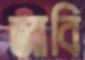
জাবি